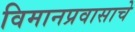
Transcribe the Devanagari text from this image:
विमानप्रवासाचे